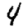
Digit: 4